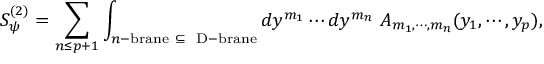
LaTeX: S _ { \psi } ^ { ( 2 ) } = \sum _ { n \leq p + 1 } \int _ { n \mathrm { \tiny - b r a n e } ~ \subseteq ~ \mathrm { \tiny ~ D - b r a n e } } d y ^ { m _ { 1 } } \cdots d y ^ { m _ { n } } ~ A _ { m _ { 1 } , \cdots , m _ { n } } ( y _ { 1 } , \cdots , y _ { p } ) ,